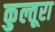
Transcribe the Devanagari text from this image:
कुल्तूरा